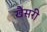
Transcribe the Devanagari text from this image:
खैसरी